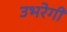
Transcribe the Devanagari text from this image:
उभरेगी